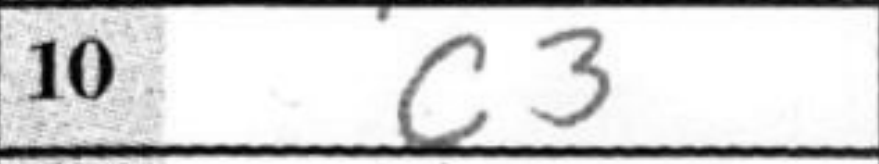
Transcription: c3